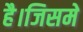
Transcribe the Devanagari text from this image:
है।जिसमे